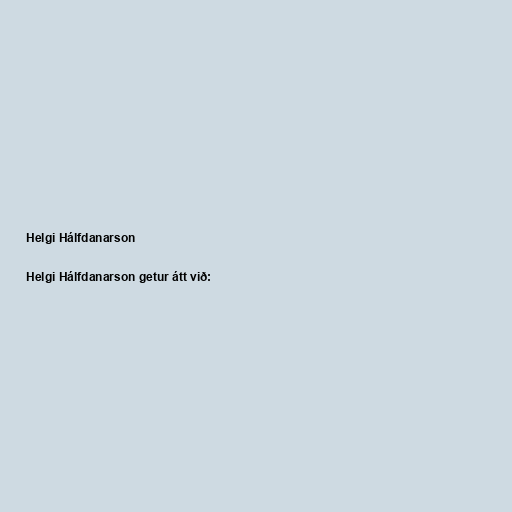
Helgi Hálfdanarson

Helgi Hálfdanarson getur átt við: